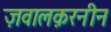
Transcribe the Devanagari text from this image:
ज़वालक़रनीन